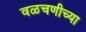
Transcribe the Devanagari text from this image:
वळचणीच्या